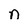
Character: n